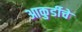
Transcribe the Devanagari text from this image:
आकुर्डीचे